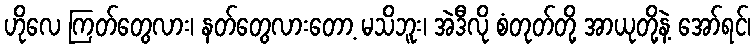
ဟိုလေ ကြတ်တွေလား၊ နတ်တွေလားတော့ မသိဘူး၊ အဲဒီလို စံတုတ်တို့ အာယုတို့နဲ့ အော်ရင်၊